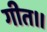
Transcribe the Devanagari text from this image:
गीत॥